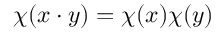
\chi ( x \cdot y ) = \chi ( x ) \chi ( y )